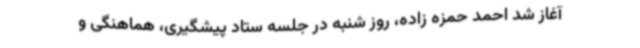
آغاز شد احمد حمزه زاده، روز شنبه در جلسه ستاد پیشگیری، هماهنگی و